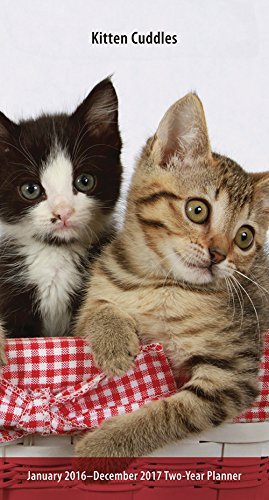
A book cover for Kitten Cuddles 2016 Two-Year Pocket Planner; Browntrout Publishers; Calendars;